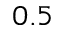
0 . 5